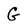
Character: G